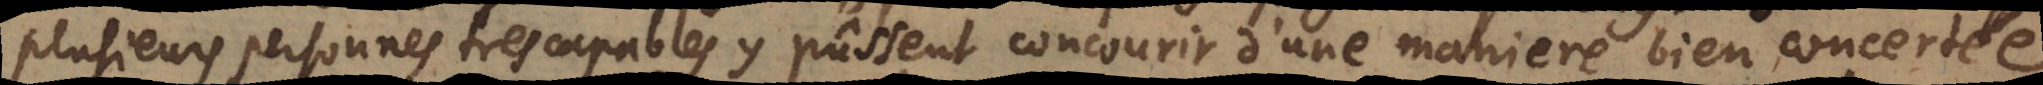
plusieurs personnes tres capables y pûssent concourir d’une maniere bien concertée